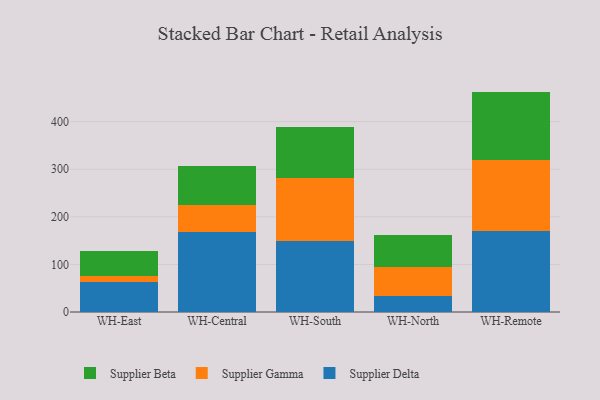
{"axis": {"x": "Warehouse", "y": "Market Share (%)"}, "legend": ["Supplier Beta", "Supplier Delta", "Supplier Gamma"], "data": [{"x": "WH-East", "y": 62.4, "type": "Supplier Delta"}, {"x": "WH-East", "y": 14.0, "type": "Supplier Gamma"}, {"x": "WH-East", "y": 52.0, "type": "Supplier Beta"}, {"x": "WH-Central", "y": 168.0, "type": "Supplier Delta"}, {"x": "WH-Central", "y": 56.1, "type": "Supplier Gamma"}, {"x": "WH-Central", "y": 82.0, "type": "Supplier Beta"}, {"x": "WH-South", "y": 149.1, "type": "Supplier Delta"}, {"x": "WH-South", "y": 131.9, "type": "Supplier Gamma"}, {"x": "WH-South", "y": 108.1, "type": "Supplier Beta"}, {"x": "WH-North", "y": 34.2, "type": "Supplier Delta"}, {"x": "WH-North", "y": 60.9, "type": "Supplier Gamma"}, {"x": "WH-North", "y": 66.5, "type": "Supplier Beta"}, {"x": "WH-Remote", "y": 170.2, "type": "Supplier Delta"}, {"x": "WH-Remote", "y": 149.4, "type": "Supplier Gamma"}, {"x": "WH-Remote", "y": 143.6, "type": "Supplier Beta"}]}